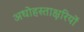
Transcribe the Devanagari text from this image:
अधोहस्ताक्षरियों